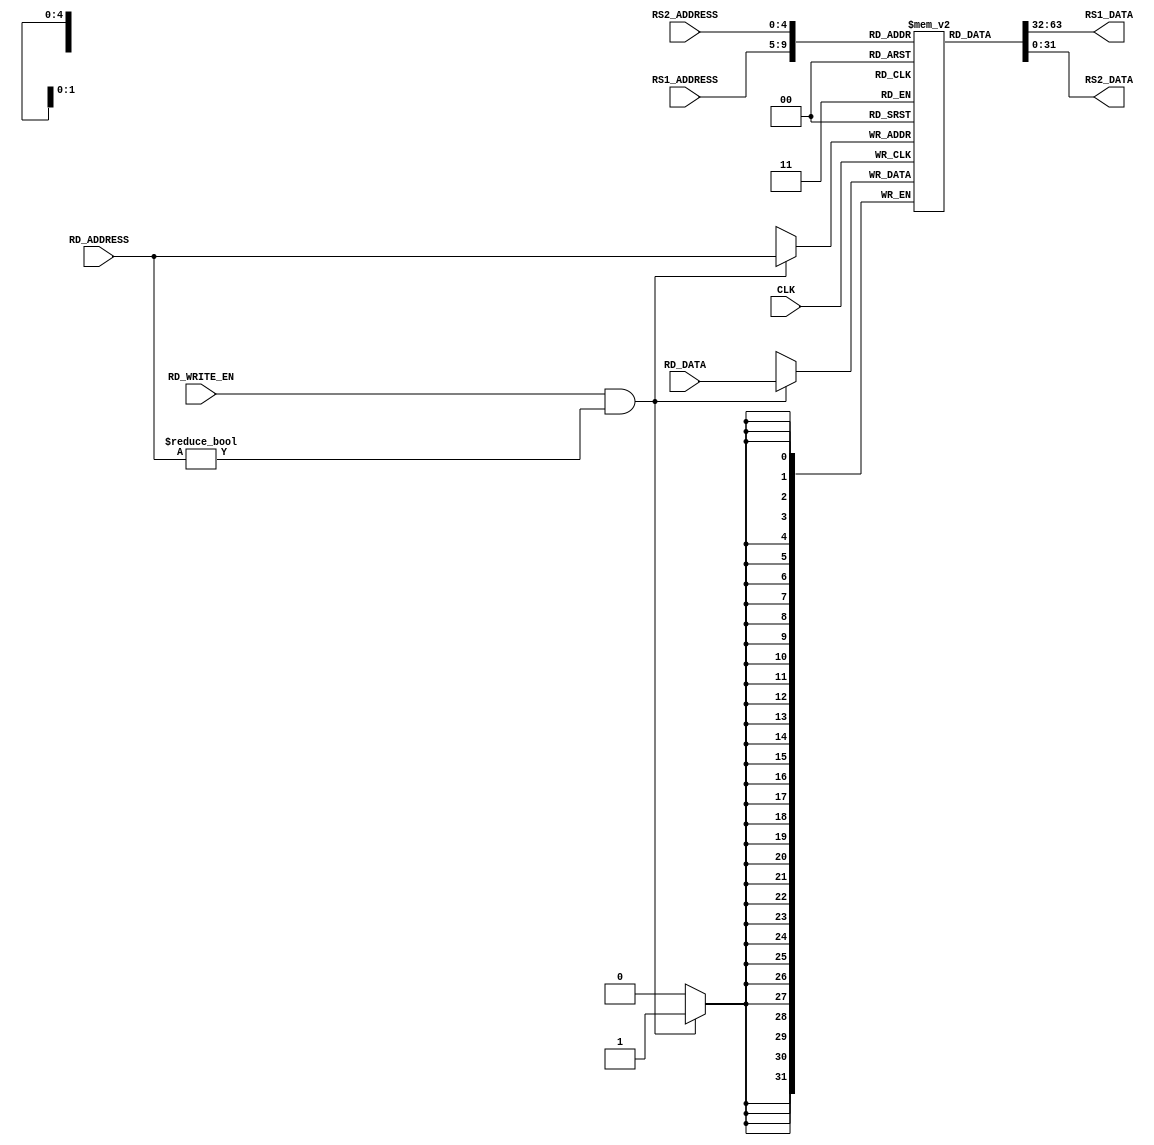
module REGISTER_FILE #(
        parameter REGISTER_WIDTH     = 32       ,
        parameter REGISTER_DEPTH     = 32       ,
        parameter STACK_POINTER_ADD  = 2        ,
        parameter STACK_POINTER_VAL  = 32'd1024 ,
        parameter HIGH               = 1'b1 
    ) (
        input                                      CLK         ,
        input  [$clog2(REGISTER_DEPTH) - 1 : 0]    RS1_ADDRESS ,
        input  [$clog2(REGISTER_DEPTH) - 1 : 0]    RS2_ADDRESS ,
        input  [$clog2(REGISTER_DEPTH) - 1 : 0]    RD_ADDRESS  ,
        input  [REGISTER_WIDTH - 1         : 0]    RD_DATA     ,
        input                                      RD_WRITE_EN ,
        output [REGISTER_WIDTH - 1         : 0]    RS1_DATA    ,
        output [REGISTER_WIDTH - 1         : 0]    RS2_DATA    
    );
    
    reg [REGISTER_WIDTH - 1         : 0]    register        [REGISTER_DEPTH - 1 : 0]    ;
    reg [REGISTER_WIDTH - 1         : 0]    rs1_data_reg                                ;
    reg [REGISTER_WIDTH - 1         : 0]    rs2_data_reg                                ;
    
    integer i;
    initial
    begin
        for(i = 0 ; i < REGISTER_DEPTH ; i = i + 1)
        begin
            if(i == STACK_POINTER_ADD)
                register[ i ] = STACK_POINTER_VAL       ;
            else
                register[ i ] = {REGISTER_WIDTH{1'b0}}  ;
        end
    end
    
    always@(*)
    begin
        rs1_data_reg = register [ RS1_ADDRESS ];
        rs2_data_reg = register [ RS2_ADDRESS ];
    end
    
    always@(negedge CLK)
    begin
        if((RD_WRITE_EN == HIGH) & (RD_ADDRESS != 5'b0))
        begin
           register [RD_ADDRESS] <= RD_DATA;
        end
    end
    
    assign RS1_DATA = rs1_data_reg;
    assign RS2_DATA = rs2_data_reg;
    
endmodule